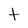
Character: t